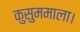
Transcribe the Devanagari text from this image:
कुसुममाला।